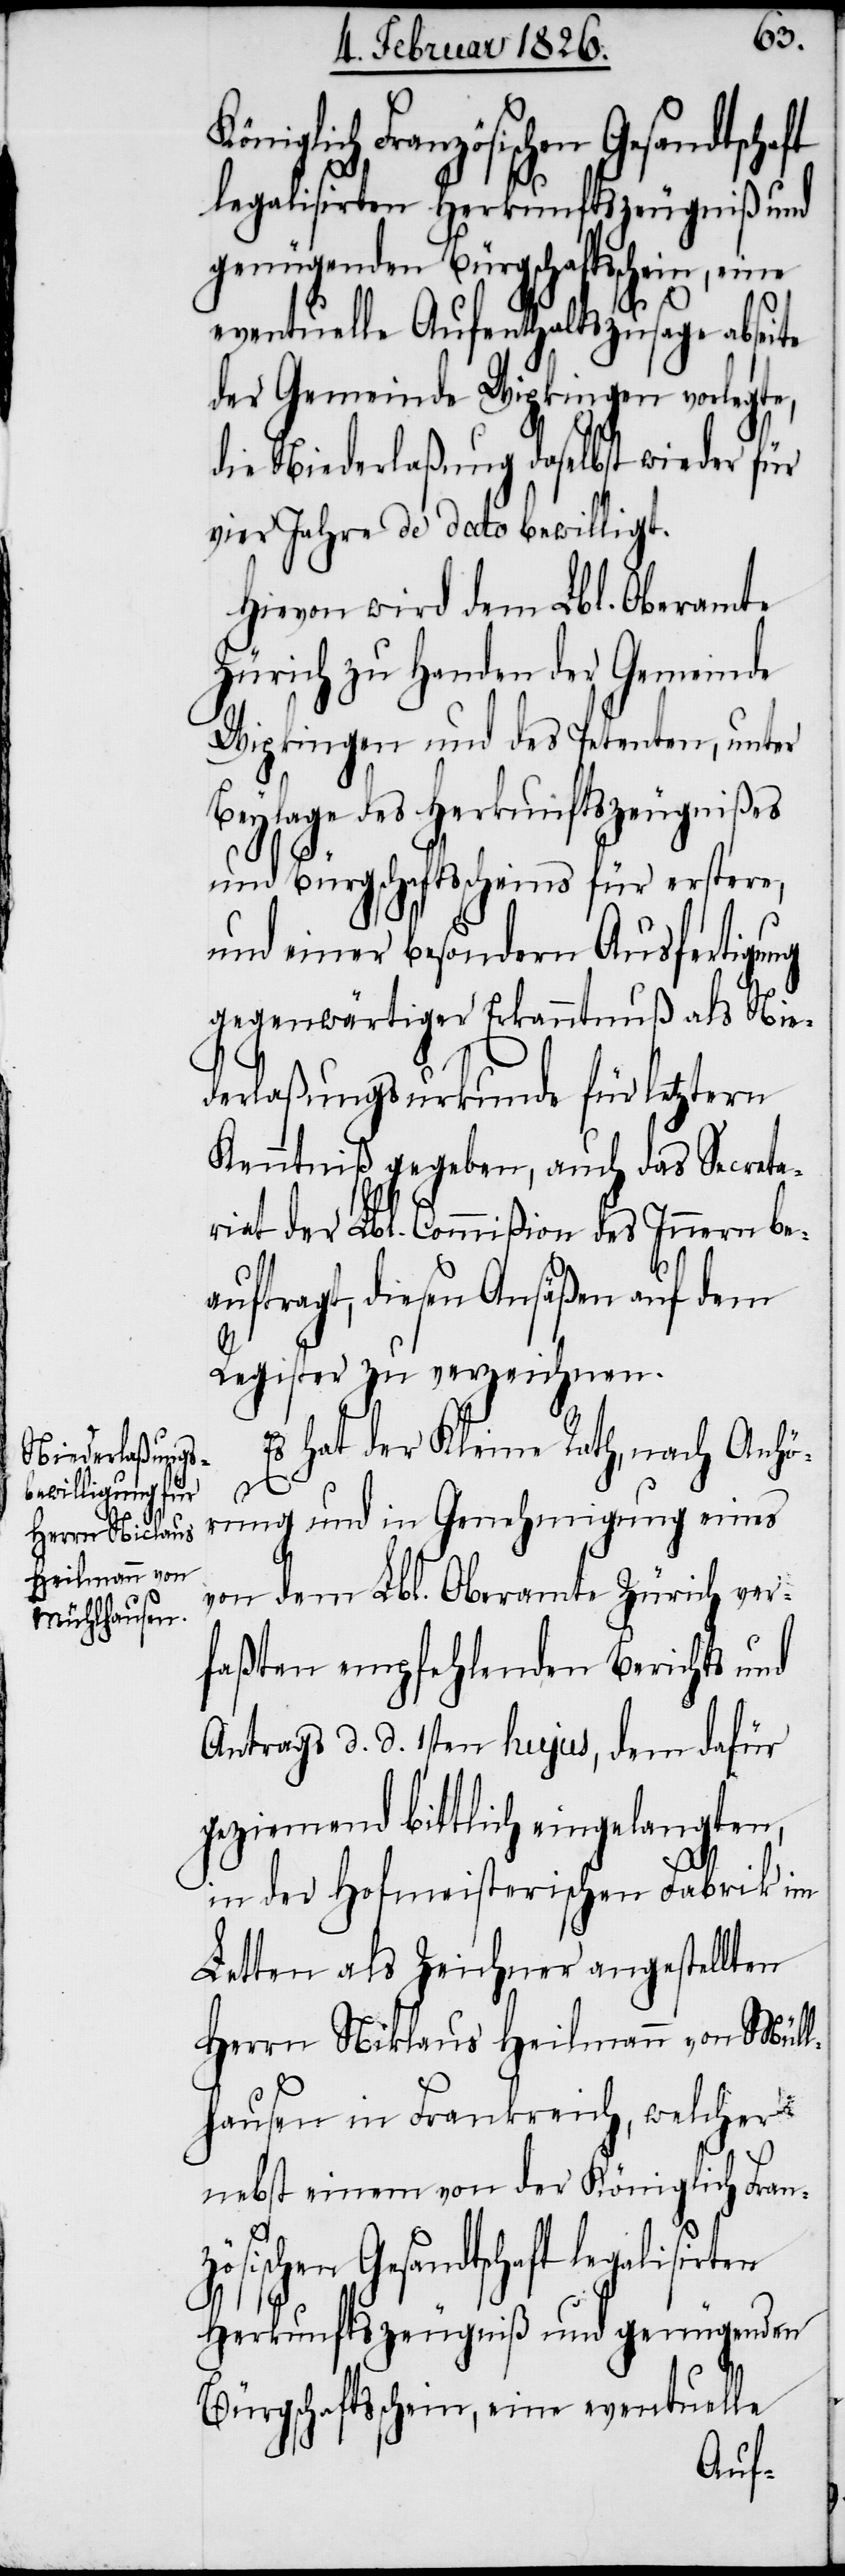
hausen

zösischen Gesandtschaft
legalisirten Herkunftszeugniß und
genügenden Bürgschaftsschein, eine
eventuelle Aufenthaltszusage abseite
der Gemeinde Wipkingen vorlegte,
die Niederlaßung daselbst wieder für
vier Jahre de dato bewilligt.
Hievon wird dem Lbl. Oberamte
Zürich zu Handen der Gemeinde
Wipkingen und des Petenten, unter
Beylage des Herkunftszeugnißes
und Bürgschaftsscheins für erstere,
und einer besondern Ausfertigung
gegenwärtiger Erkanntnuß als Nie¬
derlaßungsurkunde für letztern
Kenntniß gegeben, auch das Secreta¬
riat der Lbl. Commißion des Innern be¬
auftragt, diesen Ansäßen auf dem
Register zu verzeichnen.
Es hat der Kleine Rath, nach Anhö¬
rung und in Genehmigung eines
von dem Lbl. Oberamte Zürich ver¬
faßten empfehlenden Berichts und
Antrags d. d. 1sten hujus, dem dafür
geziemend bittlich eingelangten,
in der Hofmeisterischen Fabrik im
Letten als Zeichner angestellten
Herrn Niklaus Heilmann von Müll¬
nebst einem von der Königlich Fran¬
Bürgschaftsschein, eine eventuelle